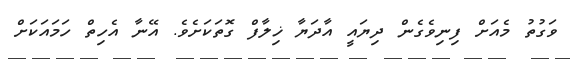
ވަގުތު މެއަށް ފިނިވެގެން ދިޔައީ އާދަޔާ ޚިލާފް ގޮތަކަށެވެ. އޭނާ އެހިތް ހަމައަކަށް